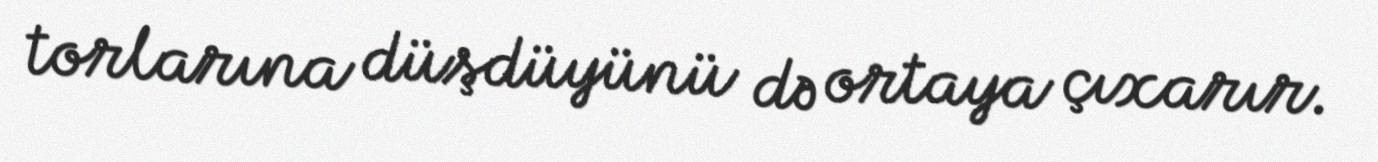
torlarına düşdüyünü də ortaya çıxarır.